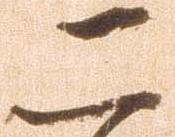
二